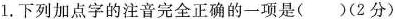
1.下列加点字的注音完全正确的一项是()(2分)